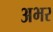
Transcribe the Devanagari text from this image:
अभर